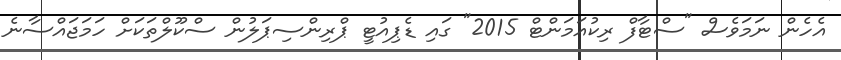
އެހެން ނަމަވެސް "ސްޓާފް ރިކުއަމަންޓް 2015" ގައި ޑެޕިއުޓީ ޕްރިންސިޕަލުން ސްކޫލްތަކަށް ހަމަޖައްސާނެ